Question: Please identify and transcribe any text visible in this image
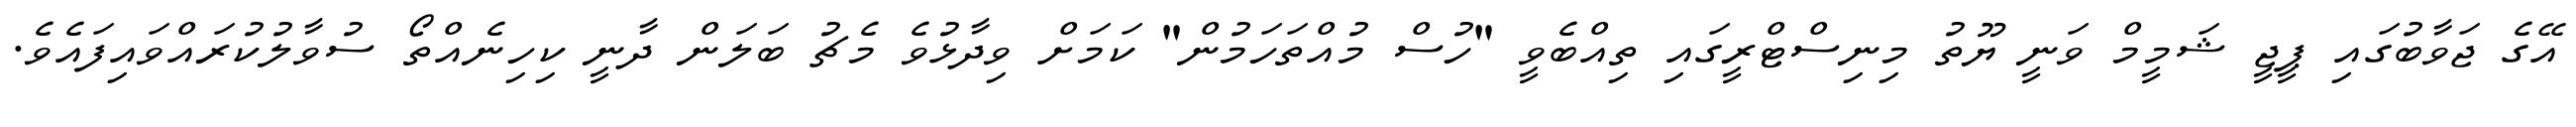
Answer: އޭގެ ޖަވާބުގައި ޕީޖީ ޝަމީމް ވަނީ ޔޫތު މިނިސްޓްރީގައި ތިއްބެވީ "ހުސް މުއްތަހަމުން" ކަމަށް ވިދާޅުވެ މެޗު ބަލަން ދާނީ ކިހިނެއްތޯ ސުވާލުކުރައްވައިފައެވެ.